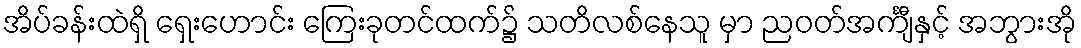
အိပ်ခန်းထဲရှိ ရှေးဟောင်း ကြေးခုတင်ထက်၌ သတိလစ်နေသူ မှာ ညဝတ်အင်္ကျီနှင့် အဘွားအို